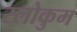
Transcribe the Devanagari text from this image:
स्लोकुम